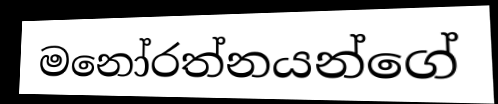
මනෝරත්නයන්ගේ